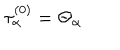
LaTeX: \tau _ { \alpha } ^ { ( 0 ) } = \Theta _ { \alpha }